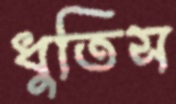
ধুতিস